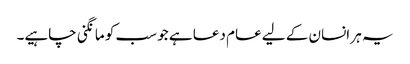
یہ ہر انسان کے لیے عام دعا ہے جو سب کو مانگنی چاہیے۔